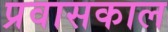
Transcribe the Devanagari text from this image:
प्रवासकाल